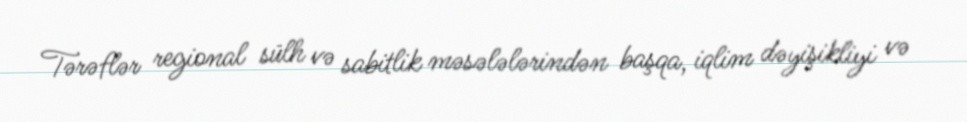
Tərəflər regional sülh və sabitlik məsələlərindən başqa, iqlim dəyişikliyi və